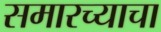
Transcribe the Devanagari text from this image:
समारच्याचा